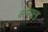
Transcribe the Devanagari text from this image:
वरणमाला